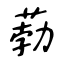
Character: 葧